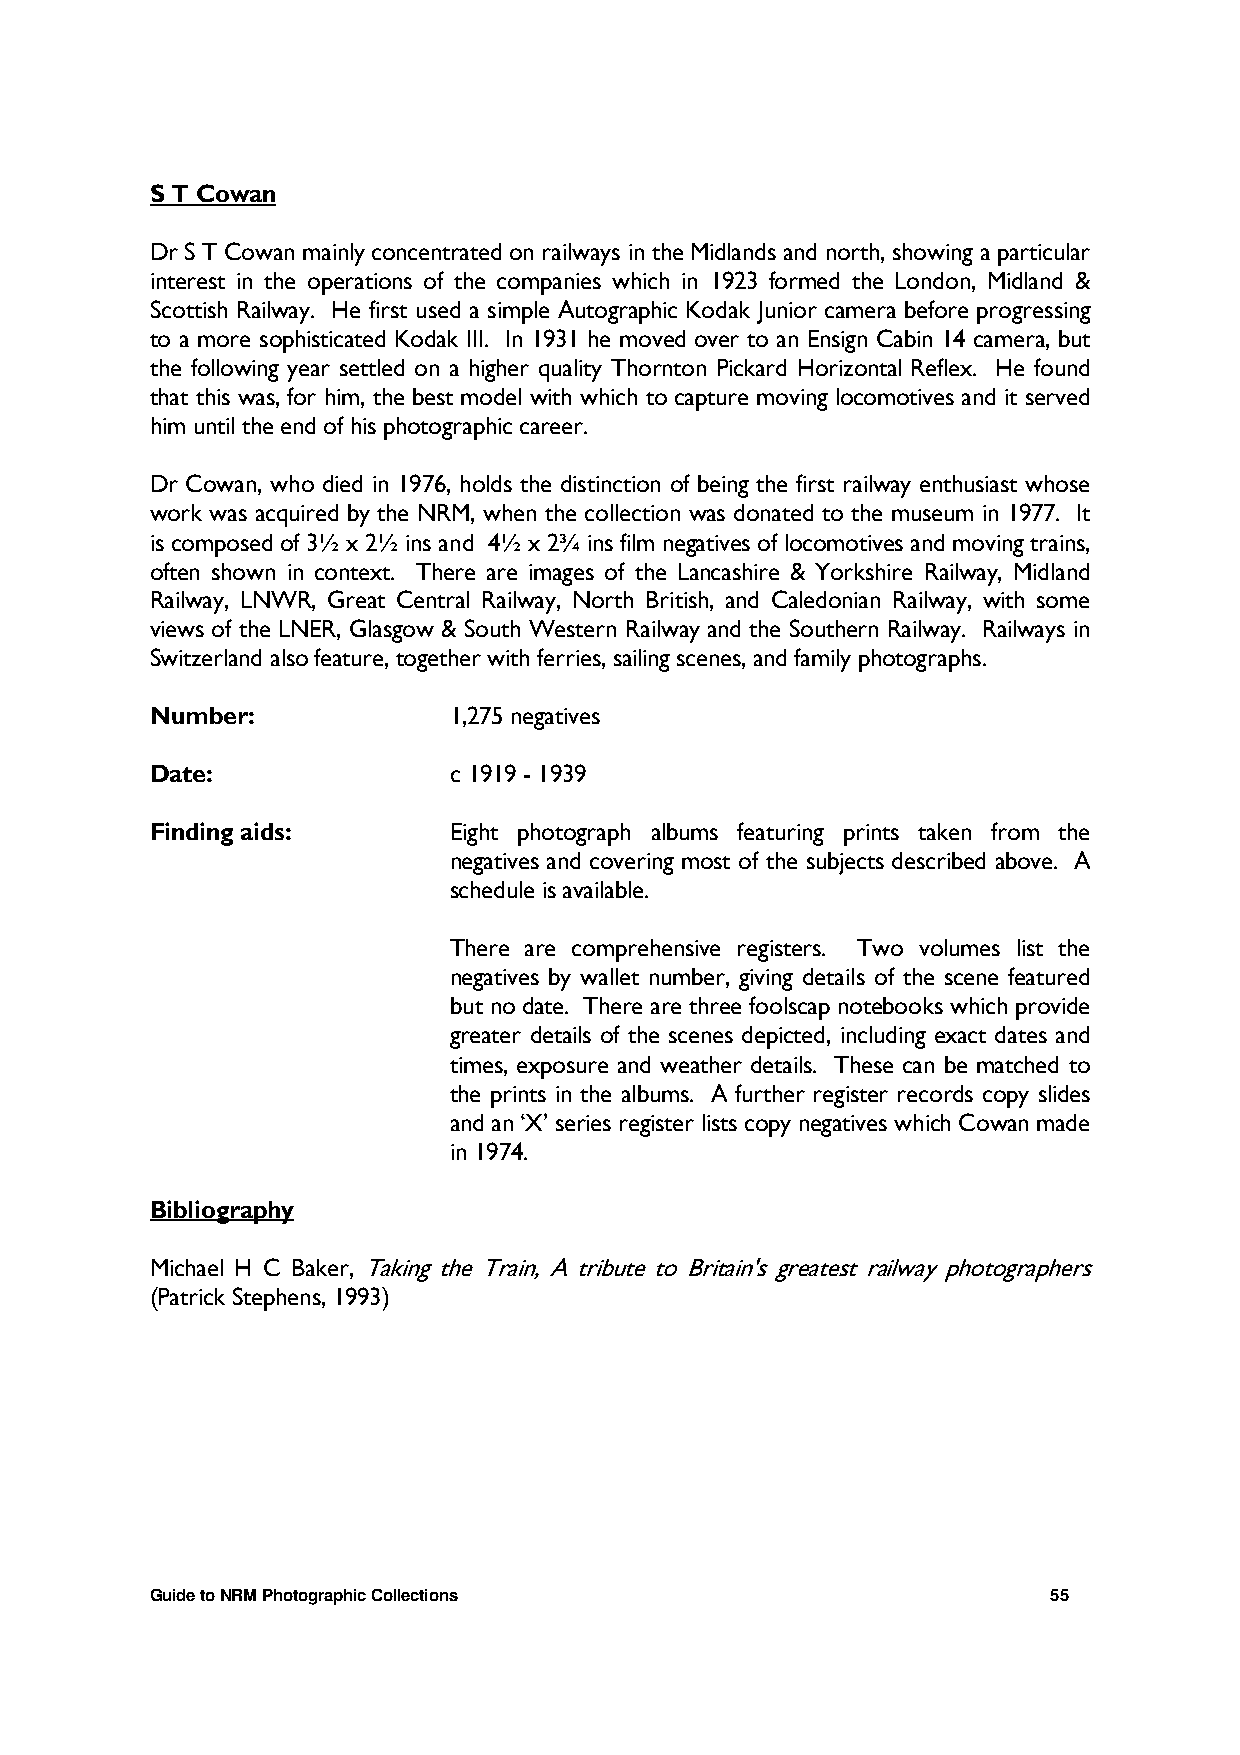
S T Cowan
 Dr S T Cowan mainly concentrated on railways in the Midlands and north, showing a particular
 interest in the operations of the companies which in 1923 formed the London, Midland &
 Scottish Railway. He first used a simple Autographic Kodak Junior camera before progressing
 to a more sophisticated Kodak III. In 1931 he moved over to an Ensign Cabin 14 camera, but
 the following year settled on a higher quality Thornton Pickard Horizontal Reflex. He found
 that this was, for him, the best model with which to capture moving locomotives and it served
 him until the end of his photographic career.
 Dr Cowan, who died in 1976, holds the distinction of being the first railway enthusiast whose
 work was acquired by the NRM, when the collection was donated to the museum in 1977. It
 is composed of 3½ x 2½ ins and 4½ x 2¾ ins film negatives of locomotives and moving trains,
 often shown in context. There are images of the Lancashire & Yorkshire Railway, Midland
 Railway, LNWR, Great Central Railway, North British, and Caledonian Railway, with some
 views of the LNER, Glasgow & South Western Railway and the Southern Railway. Railways in
 Switzerland also feature, together with ferries, sailing scenes, and family photographs.
 Number:             1,275 negatives
 Date:               c 1919 - 1939
 Finding aids:       Eight photograph albums featuring prints taken from the
 negatives and covering most of the subjects described above. A
 schedule is available.
 There are comprehensive registers. Two volumes list the
 negatives by wallet number, giving details of the scene featured
 but no date. There are three foolscap notebooks which provide
 greater details of the scenes depicted, including exact dates and
 times, exposure and weather details. These can be matched to
 the prints in the albums. A further register records copy slides
 and an ‘X’ series register lists copy negatives which Cowan made
 in 1974.
 Bibliography
 Michael H C Baker, Taking the Train, A tribute to Britain's greatest railway photographers
 (Patrick Stephens, 1993)
 Guide to NRM Photographic Collections                       55